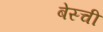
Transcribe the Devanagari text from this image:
बेस्ची